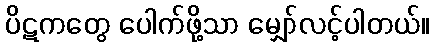
ပိဋကတွေ ပေါက်ဖို့သာ မျှော်လင့်ပါတယ်။